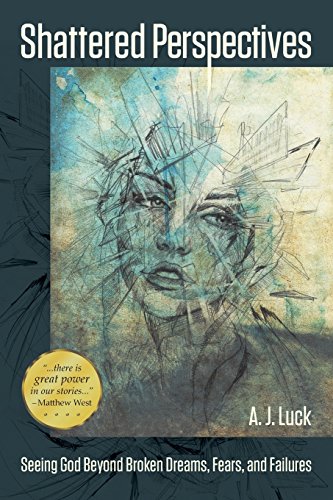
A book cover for Shattered Perspectives; AJ Luck; Parenting & Relationships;